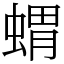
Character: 蝟